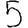
Digit: 5